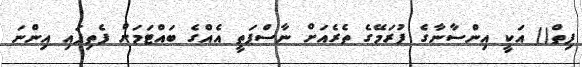
ފިތް() އަކީ އިންސާނާގެ ފުރަމޭގެ ތެރެއަށް ނާސްޕަތީ އެއްގެ ބައްޓަމަށް ފެތިފައި އިންނަ